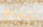
نتمتع